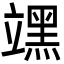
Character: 𮄻